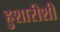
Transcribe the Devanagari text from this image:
हुशारीशी